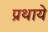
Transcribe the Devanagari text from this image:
प्रथाये